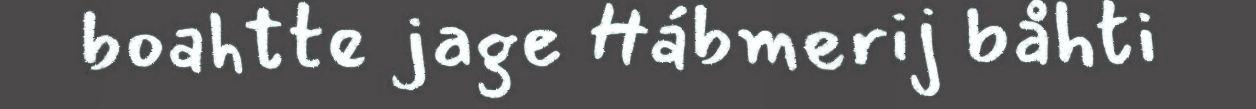
boahtte jage Hábmerij båhti